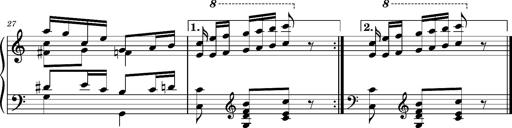
Title: Ungarischer Romanzero
Composer: Franz Liszt